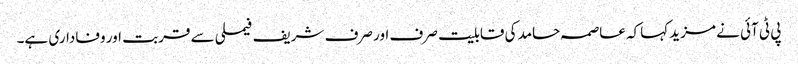
پی ٹی آئی نے مزید کہاکہ عاصمہ حامد کی قابلیت صرف اور صرف شریف فیملی سے قربت اور وفاداری ہے۔